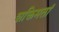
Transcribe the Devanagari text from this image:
शक्तिमतां